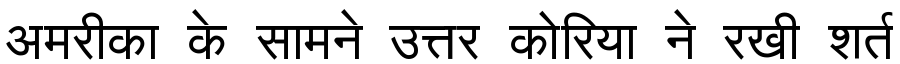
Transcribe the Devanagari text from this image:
अमरीका के सामने उत्तर कोरिया ने रखी शर्त